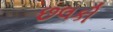
છલકી